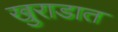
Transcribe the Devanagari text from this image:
खुराडात